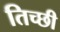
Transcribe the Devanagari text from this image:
तिच्छी